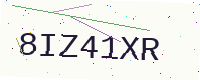
Text: 8IZ41XR